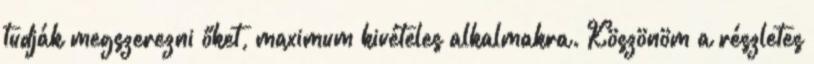
tudják megszerezni őket, maximum kivételes alkalmakra. Köszönöm a részletes